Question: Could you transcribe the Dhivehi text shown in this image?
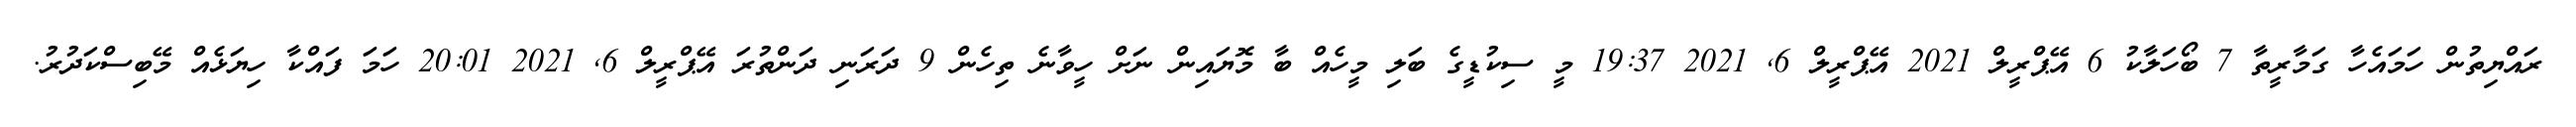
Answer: ރައްޔިތުން ހަމައެހާ ގަމާރީތާ 7 ބޯހަލާކު 6 އޭޕްރީލް 2021 އޭޕްރީލް 6, 2021 19:37 މީ ސިކުޑީގެ ބަލި މީހެއް ބާ މޮޔައިން ނަށް ހީވާނެ ތިހެން 9 ދަރަނި ދަންތުރަ އޭޕްރީލް 6, 2021 20:01 ހަމަ ފައްކާ ހިޔަޅެއް މޭބިސްކަދުރު.